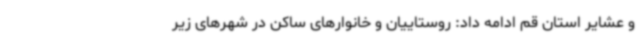
و عشایر استان قم ادامه داد: روستاییان و خانوارهای ساکن در شهرهای زیر